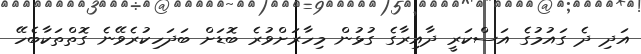
އަދި ދެ ގައުމުގެ އަސްކަރީ ދާއިރާގެ ގުޅުން މިހާރަށްވުރެ ބޮޑަށް ބަދަހިކުރެވޭނެ ގޮތްތަކާބެހޭ